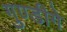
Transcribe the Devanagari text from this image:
गुण्डीगे